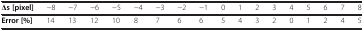
<table><thead><tr><td><b><i>Δs </i>[pixel]</b></td><td><b>-8</b></td><td><b>-7</b></td><td><b>-6</b></td><td><b>-5</b></td><td><b>-4</b></td><td><b>-3</b></td><td><b>-2</b></td><td><b>-1</b></td><td><b>0</b></td><td><b>1</b></td><td><b>2</b></td><td><b>3</b></td><td><b>4</b></td><td><b>5</b></td><td><b>6</b></td><td><b>7</b></td><td><b>8</b></td></tr></thead><tbody><tr><td><b>Error [%]</b></td><td>14</td><td>13</td><td>12</td><td>10</td><td>8</td><td>7</td><td>6</td><td>6</td><td>5</td><td>4</td><td>3</td><td>2</td><td>0</td><td>1</td><td>2</td><td>4</td><td>5</td></tr></tbody></table>